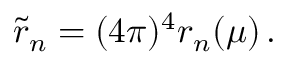
\tilde { r } _ { n } = ( 4 \pi ) ^ { 4 } r _ { n } ( \mu ) \, .